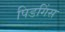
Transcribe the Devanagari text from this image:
पिडगिंस